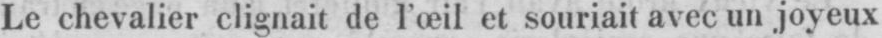
Le chevalier clignait de l’œil et souriait avec un joyeux